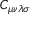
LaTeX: C _ { \mu \nu \lambda \sigma }